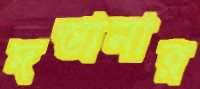
দস্তানার